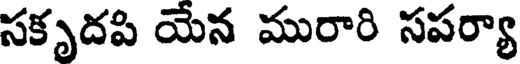
సకృదపి యేన మురారి సపర్యా